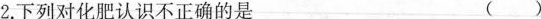
2.下列对化肥认识不正确的是 ()